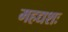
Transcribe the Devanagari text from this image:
महद्यशः